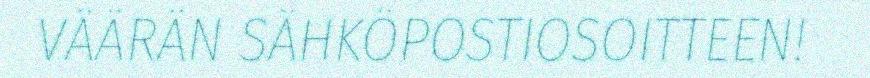
VÄÄRÄN SÄHKÖPOSTIOSOITTEEN!